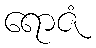
ရောဇံ